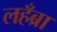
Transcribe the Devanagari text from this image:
लहँब्रा